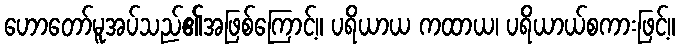
ဟောတော်မူအပ်သည်၏အဖြစ်ကြောင့်။ ပရိယာယ ကထာယ၊ ပရိယာယ်စကားဖြင့်။